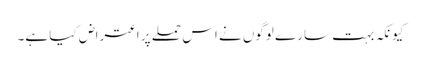
کیونکہ بہت سارے لوگوں نے اس حملے پر اعتراض کیا ہے۔